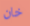
خان